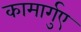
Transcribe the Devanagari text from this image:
कामार्गुए